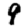
Digit: 9